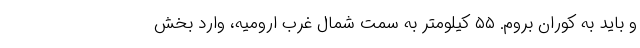
و باید به کوران بروم. ۵۵ کیلومتر به سمت شمال غرب ارومیه، وارد بخش